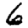
Digit: 6